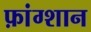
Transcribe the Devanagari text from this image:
फ़ांग्शान